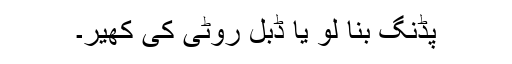
پڈنگ بنا لو یا ڈبل روٹی کی کھیر۔